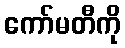
ကော်မတီကို